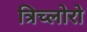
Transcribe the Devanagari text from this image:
त्रिच्लोरो